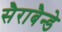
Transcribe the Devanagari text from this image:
सैराबैन्डे